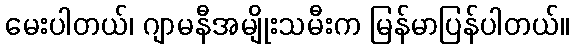
မေးပါတယ်၊ ဂျာမနီအမျိုးသမီးက မြန်မာပြန်ပါတယ်။